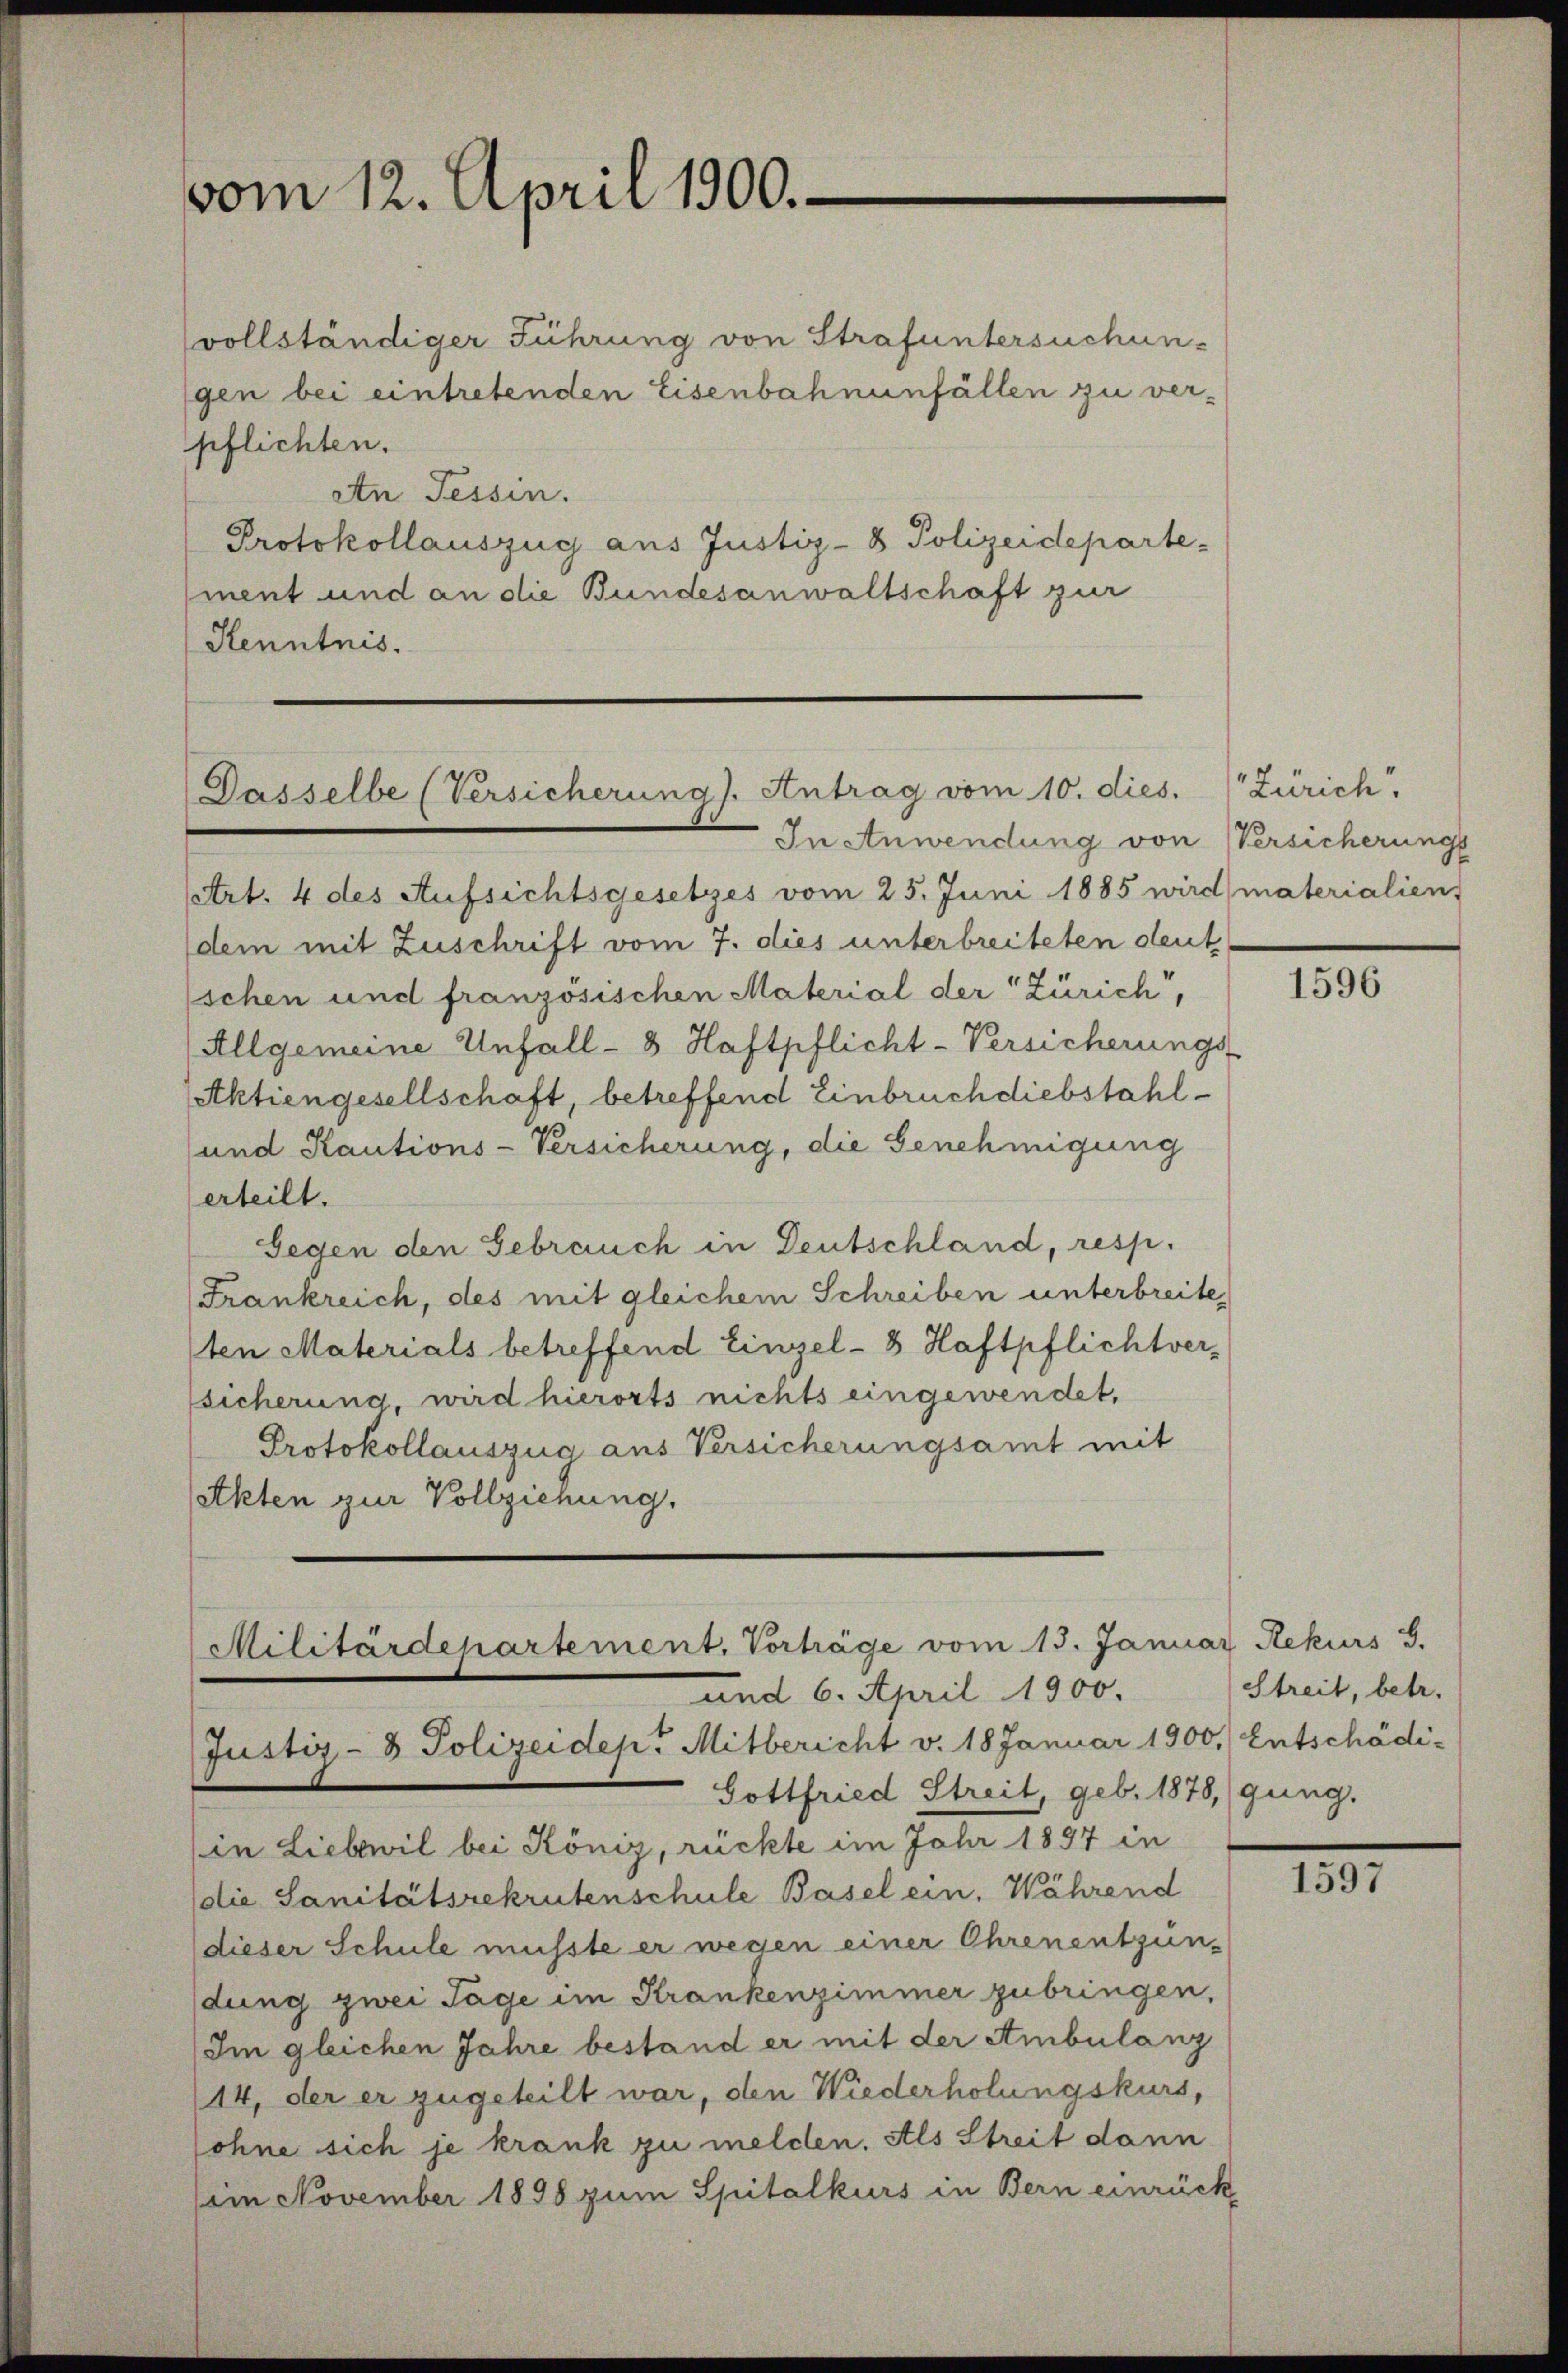
vom 12. April 1900.

Dasselbe (Versicherung). Antrag vom 10. dies.

vollständiger Führung von Strafuntersuchungen bei eintretenden Eisenbahnenfällen zu ver-
pflichten.
An Tessin.
Protokollauszug aus Justiz- & Polizeideparte-
ment und an die Bundesanwaltschaft zur
Henntnis.

Militärdepartement. Vorträge vom 15. Januar Rekurs d.
und 6. April 1900.
Justiz- & Polizeidep. Mitbericht v. 18 Januar 1900. Entschädi-

In Anwendung von Versicherungs
(Art. 4 des Aufsichtsgesetzes vom 25. Juni 1885 wird materialien,
dem mit Zuschrift vom 7. dies unterbreiteten deut
schen und französischen Material der Zürich,
(Allgemeine Unfall - 8 Haftpflicht-Versicherungs
Aktiengesellschaft, betreffend Einbruch diebstahl¬
und Kautions-Versicherung, die Genehmigung
erteilt.
Gegen den Gebrauch in Deutschland, resp.
Frankreich, des mit gleichem Schreiben unterbreite,
ten Materials betreffend Einzel-8 Haftpflichtversicherung, wird hierorts nichts eingewendet,
Protokollauszug aus Versicherungsamt mit
Akten zur Vollziehung.

Gottfried Streit, geb. 1878, (gung.
in Liebewil bei König, rückte im Jahr 1897 in
die Sanitätsrekrutenschule Basel ein. Während
dieser Schule musste er wegen einer Ohrenentzün-
dung zwei Tage im Krankenzimmer zubringen,
Im gleichen Jahre bestand er mit der Ambulanz
14, der er zugeteilt war, den Wiederholungskurs,
ohne sich je krank zu melden. Als Streit dann
(im November 1898 zum Spitalkurs in Bern einrück

Zürich.

1596

Streit, betr.

1597